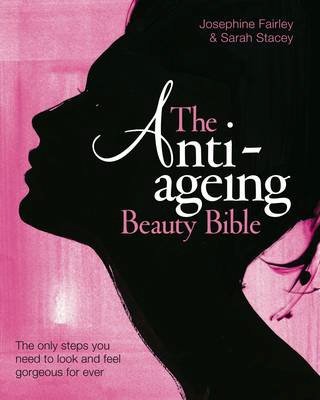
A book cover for The Anti Ageing Beauty Bible: The only steps you need to look and feel gorgeous for ever; Sarah Stacey; Health, Fitness & Dieting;